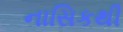
નાસિકથી